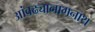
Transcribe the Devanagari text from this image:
आंवढ्यानागनाथ